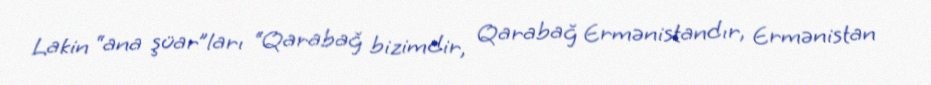
Lakin “ana şüar”ları “Qarabağ bizimdir, Qarabağ Ermənistandır, Ermənistan